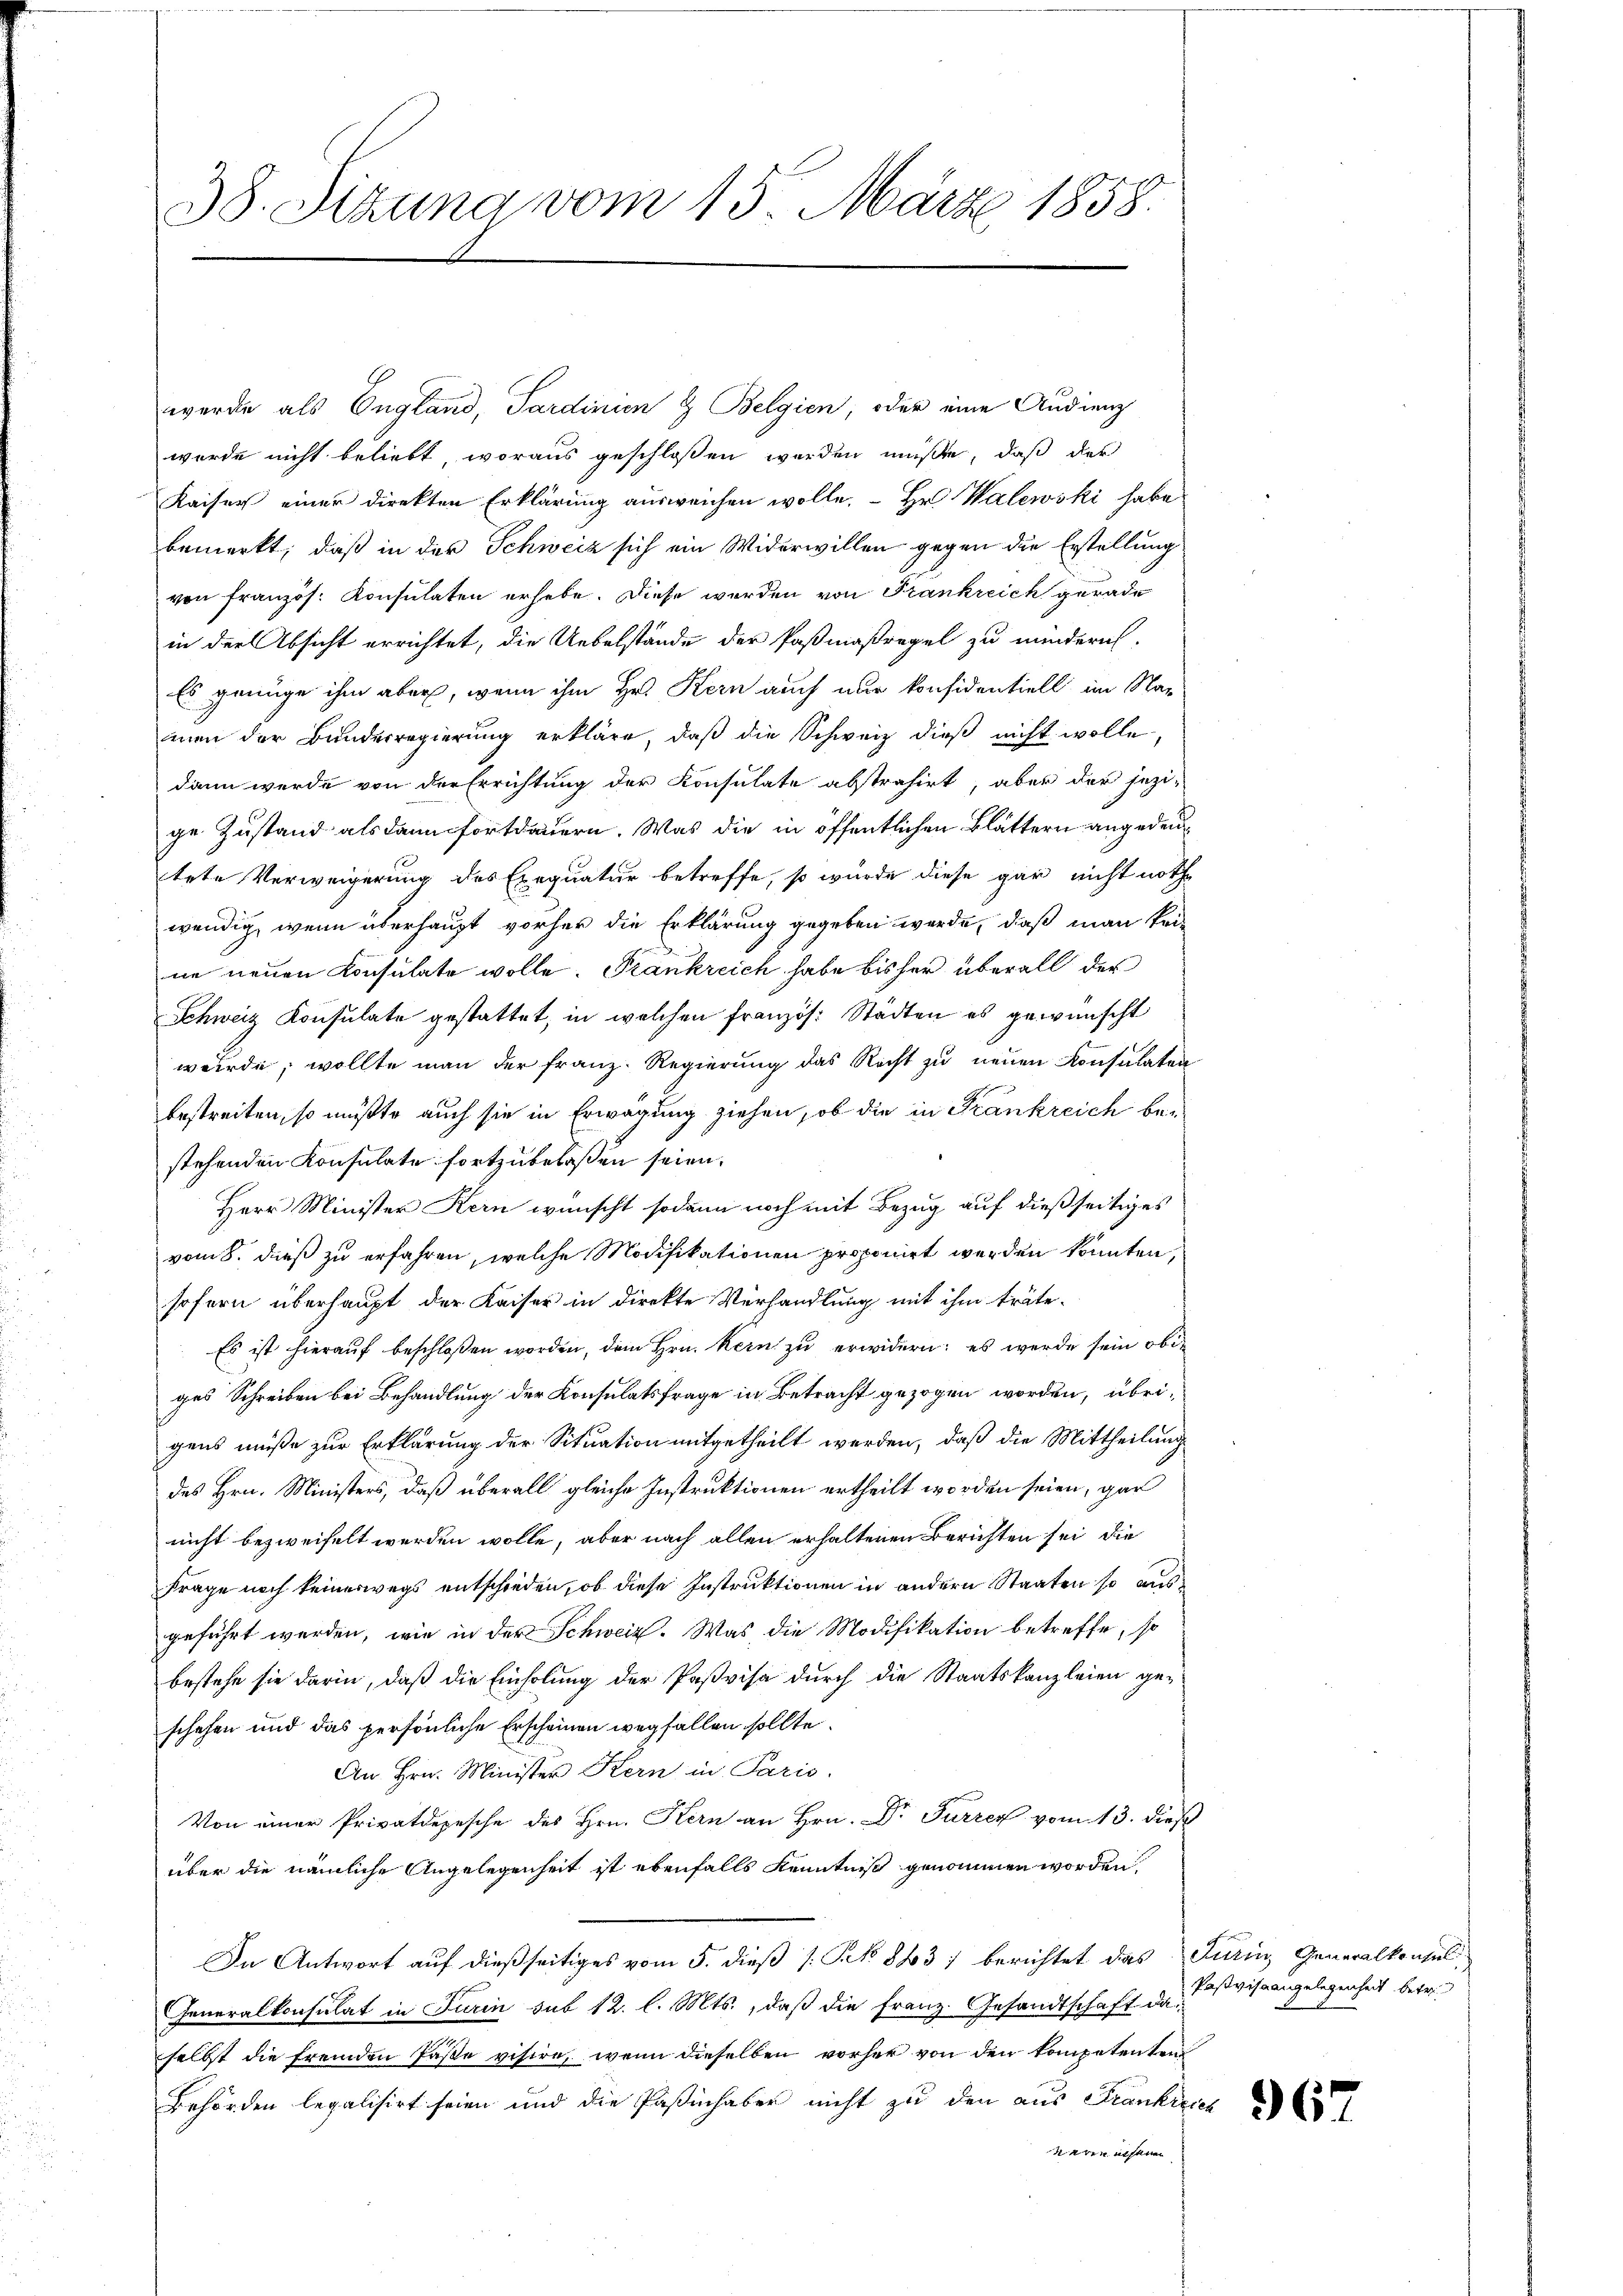
38. Sitzung vom 15. März 1858.

werde als England, Sardinien & Belgien, oder eine Audienz
wurde nicht beliebt, woraus geschlossen werden müßte, daß der
Kaiser einer direkten Erklärung ausweichen wolle.  Hr. Walewski habe
bemerkt, daß in der Schweiz sich ein Widerwillen gegen die Erstellung
von französ. Konsulaten erhebe. Diese werden von Frankreich gerade
in der Absicht errichtet, die Uebelstände der Paßmaßregel zu mindern.
Es genüge ihm aber, wenn ihm Hr. Kern auch nur konsidentiell im Namen der Bunderregierung erkläre, daß die Schweiz dieß nicht wolle,
dann werde von der Errichtung der Konsulate abstrahirt, aber der jezi-
ge Zustand als dann fortdauern. Was die in öffentlichen Blättern angedeutete Verweigerung des Exequatur betreffe, so würde diese gar nicht nothwendig, wenn überhaupt vorher die Erklärung gegeben werde, daß man keine neuen Konsulate wolle. Frankreich habe bisher überall der
Schweiz Konsulate gestattet, in welchen französ. Städten es gewünscht
wurde, wollte man der Franz. Regierung das Recht zu neuen Konsulaten
bestreiten, so müßte auch sie in Erwägung ziehen, ob die in Frankreich bestehenden Konsulate fortzubelaßen seien.
Herr Minister Kern wünscht sodann noch mit Bezug auf dießseitiges
vom 8. dieß zu erfahren, welche Modifikationen proponirt werden könnten,
sofern überhaupt der Kaiser in direkte Verhandlung mit ihm träte.
Es ist hierauf beschloßen worden, dem Hrn. Kern zu erwidern; es werde sein obiges Schreiben bei Behandlung der Konsulatsfrage in Betracht gezogen worden, übrigens müße zur Erklärung der Situation mitgetheilt werden, daß die Mittheilung
des Hrn. Ministers, daß überall gleiche Instruktionen ertheilt worden seien, gar
nicht bezweifelt werden wolle, aber nach allen erhaltenen Berichten sei, die
Frage noch keinerwegs entschieden, ob diese Instruktionen in andern Staaten so ausgeführt werden, wie in der Schweiz. Was die Modifikation betreffe, so
bestehe sie darin, daß die Einholung der Paßvisa durch die Staatskanzleien geschehen und das persönliche Erscheinen wegfallen sollte.
An Hrn. Minister Kern in Paris.
Von einer Privatdepesche des Hrn. Kern an Hrn. Dr Furrer vom 13. dieß
über die nämliche Angelegenheit ist ebenfalls Kenntniß genommen worden,
In Antwort auf dießseitiges vom 5. dieß (: Pk 883) berichtet das Turin, Generalkonsul
Generalkonsulat in Turin sub 12. l. Mts., daß die Franz. Gesandtschaft daselbst die fremden Paße visire, wenn dieselben vorher von den kompetentend
Behörden legalisirt seien und die Paßinhaber nicht zu den aus Frankre
weren unsere

Pasvisa angelegenheit betr.

967